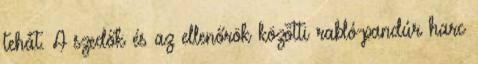
tehát. A szedők és az ellenőrök közötti rabló-pandúr harc